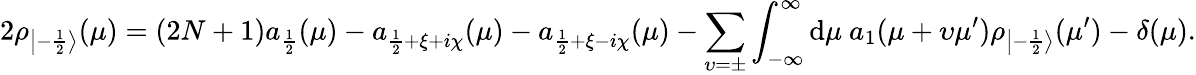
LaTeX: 2\rho_{\left|-\frac 12\right\rangle}(\mu)=(2N+1)a_{\frac 12}(\mu)-a_{\frac{1}{2}+\xi+i\chi}(\mu)-a_{\frac{1}{2}+\xi-i\chi}(\mu)-\sum_{\upsilon=\pm}\int_{-\infty}^{\infty}\mathrm{d}\mu~a_{1}(\mu+\upsilon\mu^{\prime})\rho_{\left|-\frac 12\right\rangle}(\mu^{\prime})-\delta(\mu).